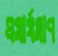
প্রসার্যমাণ